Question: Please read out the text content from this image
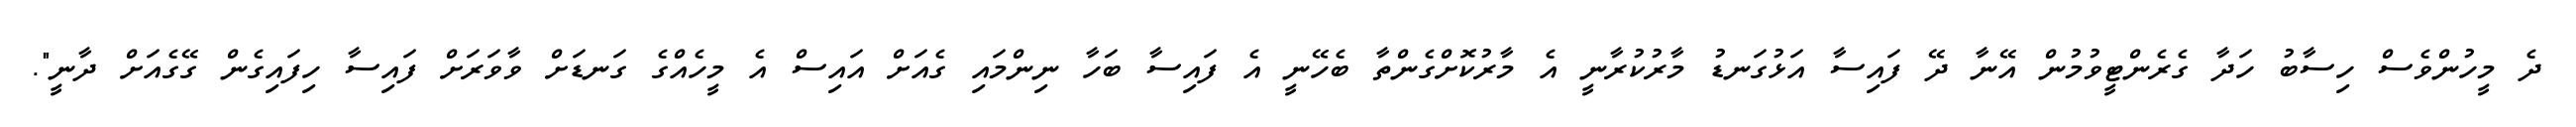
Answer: ދެ މީހުންވެސް ހިސާބު ހަދާ ގެރެންޓީވުމުން އޭނާ ދޭ ފައިސާ އަޅުގަނޑު މާރުކުރާނީ އެ މާރުކޮށްގެންތާ ބެހޭނީ އެ ފައިސާ ބަހާ ނިންމައި ގެއަށް އައިސް އެ މީހެއްގެ ގަނޑަށް ވާވަރަށް ފައިސާ ހިފައިގެން ގޭގެއަށް ދާނީ".